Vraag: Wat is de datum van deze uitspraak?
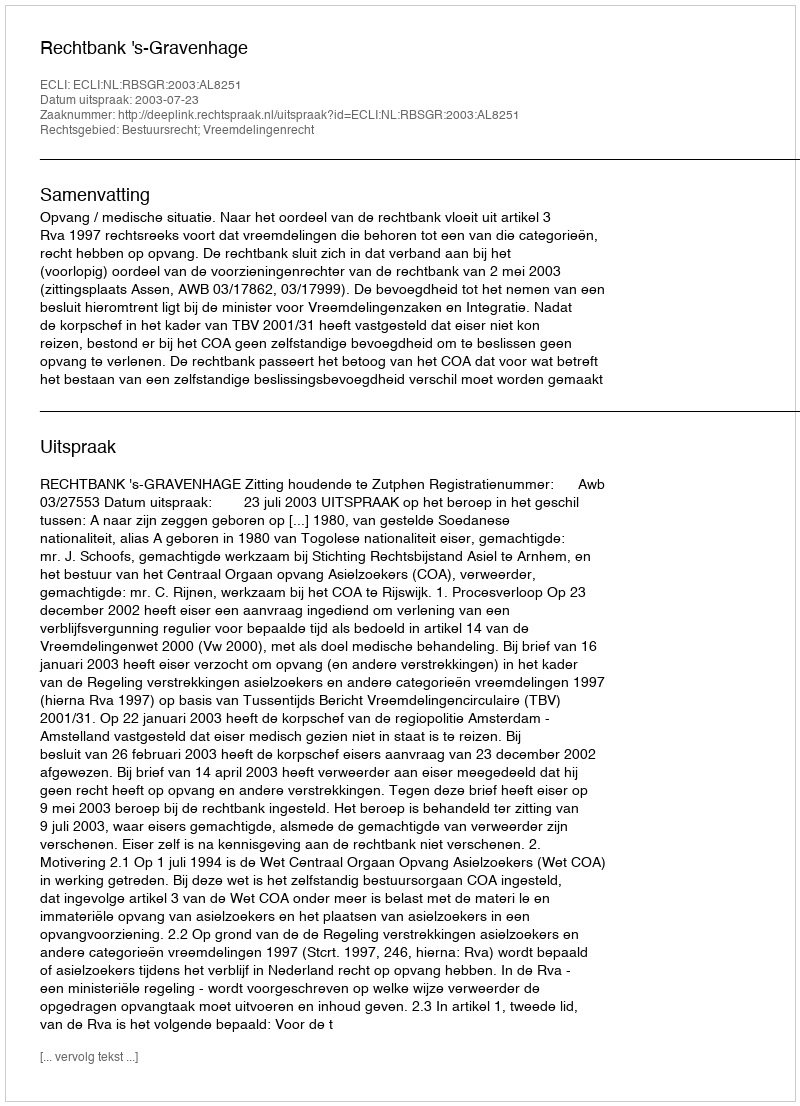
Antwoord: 2003-07-23